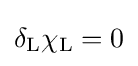
\delta _{\rm {L}}\chi _{\rm {L}}=0